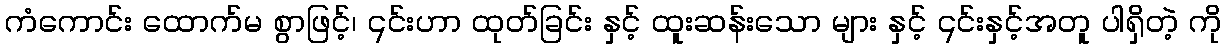
ကံကောင်း ထောက်မ စွာဖြင့်၊ ၎င်းဟာ ထုတ်ခြင်း နှင့် ထူးဆန်းသော များ နှင့် ၎င်းနှင့်အတူ ပါရှိတဲ့ ကို